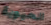
الحيوية